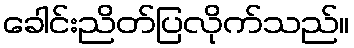
ခေါင်းညိတ်ပြလိုက်သည်။